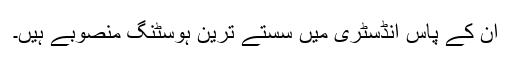
ان کے پاس انڈسٹری میں سستے ترین ہوسٹنگ منصوبے ہیں۔